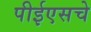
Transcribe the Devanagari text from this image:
पीईएसचे